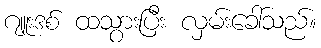
ဂျူးဒစ် ထသွားပြီး လှမ်းခေါ်သည်။